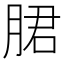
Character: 𬂁